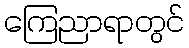
ကြေညာရာတွင်